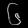
Digit: ၆